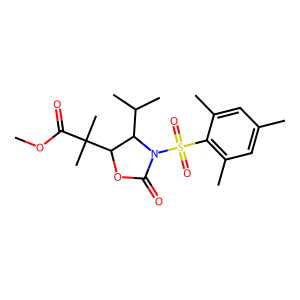
SMILES: COC(=O)C(C)(C)C1OC(=O)N(S(=O)(=O)c2c(C)cc(C)cc2C)C1C(C)C
Inhibits HIV replication: No